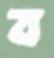
ব